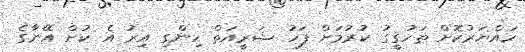
ހައްޔަރުކޮށް ތަހުގީގު ކުރުމަށް ފަހު ޝަރީއަތް ހިންގި އިރު އެ ކުށް އޭނާގެ